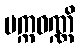
ပက္ကဝဏ္ဏိ